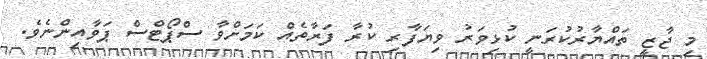
މި ޖާޒީ ތައްޔާރުކުރަނީ ކުޅިވަރު ވިޔަފާރި ކުރާ ފަރާތެއް ކަމަށްވާ ސްޕޯޓްސް ޕަވާއިންނެވެ.